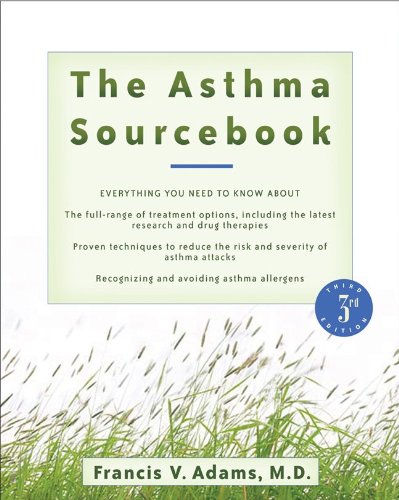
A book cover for The Asthma Sourcebook 3rd Edition (Sourcebooks); Francis Adams; Health, Fitness & Dieting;